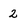
Character: 2